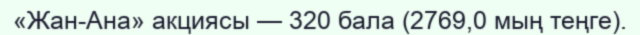
«Жан-Ана» акциясы — 320 бала (2769,0 мың теңге).